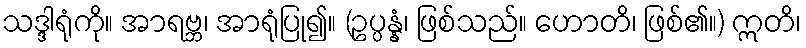
သဒ္ဒါရုံကို။ အာရဗ္ဘ၊ အာရုံပြု၍။ (ဥပ္ပန္နံ၊ ဖြစ်သည်။ ဟောတိ၊ ဖြစ်၏။) ဣတိ၊